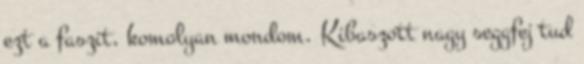
ezt a faszit, komolyan mondom. Kibaszott nagy seggfej tud